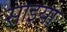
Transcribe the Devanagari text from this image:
साइया